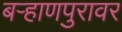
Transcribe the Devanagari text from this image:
बऱ्हाणपुरावर